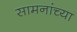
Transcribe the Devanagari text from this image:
सामनांच्या